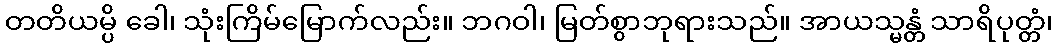
တတိယမ္ပိ ခေါ၊ သုံးကြိမ်မြောက်လည်း။ ဘဂဝါ၊ မြတ်စွာဘုရားသည်။ အာယသ္မန္တံ သာရိပုတ္တံ၊